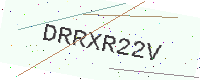
Text: DRRXR22V